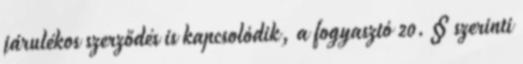
járulékos szerződés is kapcsolódik, a fogyasztó 20. § szerinti